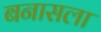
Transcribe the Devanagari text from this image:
बनासला